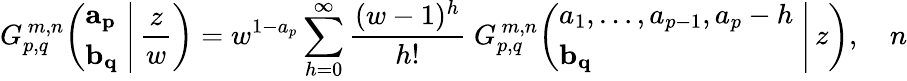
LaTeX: G_{p,q}^{\, m,n}\! \left(\left.{\begin{array}{l}{\mathbf{a_{p}}}\\ {\mathbf{b_{q}}}\end{array}}\; \right|\, {\frac{z}{w}}\right)=w^{1-a_{p}}\sum_{h=0}^{\infty}{\frac{(w-1)^{h}}{h!}}\; G_{p,q}^{\, m,n}\! \left(\left.{\begin{array}{l}{a_{1},\dots,a_{p-1},a_{p}-h}\\ {\mathbf{b_{q}}}\end{array}}\; \right|\, z\right),\quad n